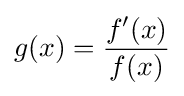
g(x)={\frac {f'(x)}{f(x)}}